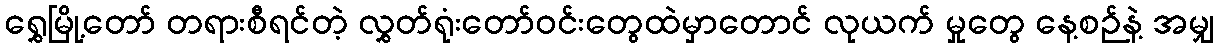
ရွှေမြို့တော် တရားစီရင်တဲ့ လွှတ်ရုံးတော်ဝင်းတွေထဲမှာတောင် လုယက် မှုတွေ နေ့စဉ်နဲ့ အမျှ